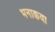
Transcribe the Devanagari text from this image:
भनाकवा